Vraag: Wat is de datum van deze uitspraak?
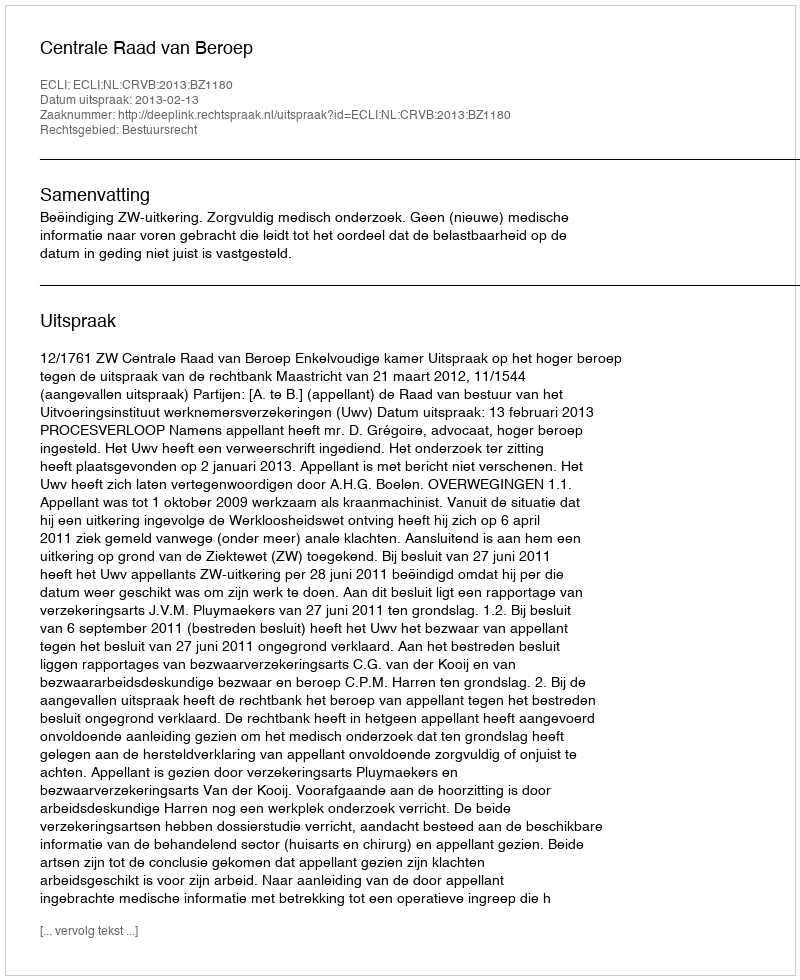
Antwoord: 2013-02-13